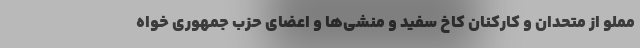
مملو از متحدان و کارکنان کاخ سفید و منشی‌ها و اعضای حزب جمهوری خواه